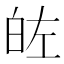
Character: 𭽐